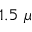
1 . 5 ~ \mu